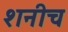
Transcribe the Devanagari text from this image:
शनीच